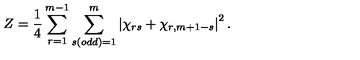
Z = \frac { 1 } { 4 } \sum _ { r = 1 } ^ { m - 1 } \sum _ { s ( o d d ) = 1 } ^ { m } \left| \chi _ { r s } + \chi _ { r , m + 1 - s } \right| ^ { 2 } .